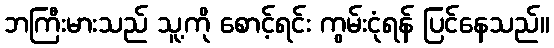
ဘကြီးမားသည် သူ့ကို စောင့်ရင်း ကွမ်းငုံရန် ပြင်နေသည်။